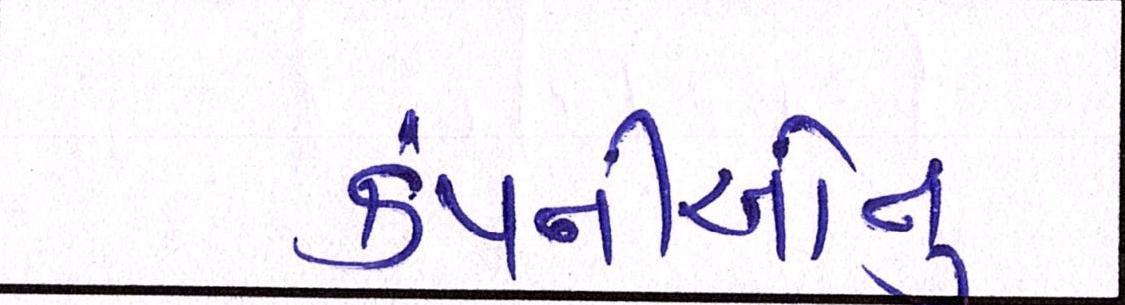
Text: કંપનીઓનું